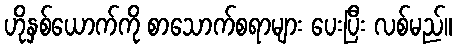
ဟိုနှစ်ယောက်ကို စာသောက်စရာများ ပေးပြီး လစ်မည်။